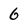
Character: 6